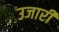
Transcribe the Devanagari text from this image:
उजारी